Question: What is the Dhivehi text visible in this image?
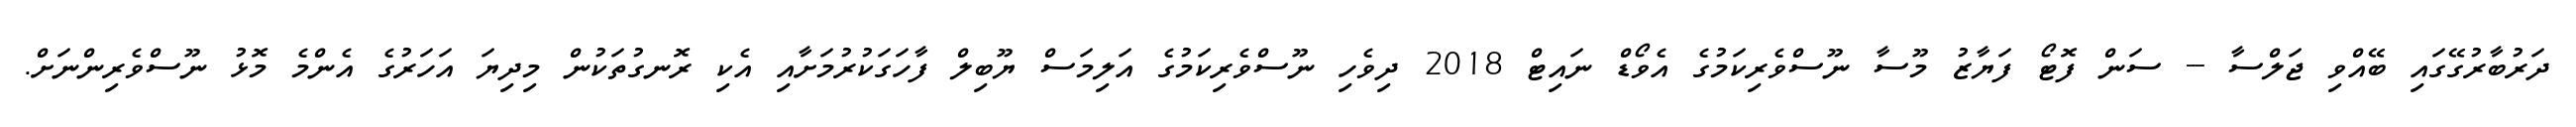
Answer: ދަރުބާރުގޭގައި ބޭއްވި ޖަލްސާ -- ސަން ފޮޓޯ ފަޔާޒު މޫސާ ނޫސްވެރިކަމުގެ އެވޯޑް ނައިޓް 2018 ދިވެހި ނޫސްވެރިކަމުގެ އަލިމަސް ޔޫބިލް ފާހަގަކުރުމަށާއި އެކި ރޮނގުތަކުން މިދިޔަ އަހަރުގެ އެންމެ މޮޅު ނޫސްވެރިންނަށް.